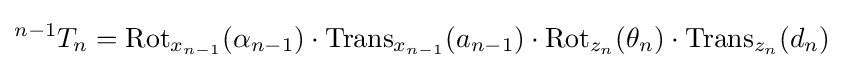
{}^{n-1}T_{n}=\operatorname {Rot} _{x_{n-1}}(\alpha _{n-1})\cdot \operatorname {Trans} _{x_{n-1}}(a_{n-1})\cdot \operatorname {Rot} _{z_{n}}(\theta _{n})\cdot \operatorname {Trans} _{z_{n}}(d_{n})